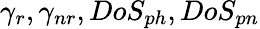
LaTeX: \gamma_{r},\gamma_{nr},DoS_{ph},DoS_{pn}